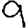
Digit: 9